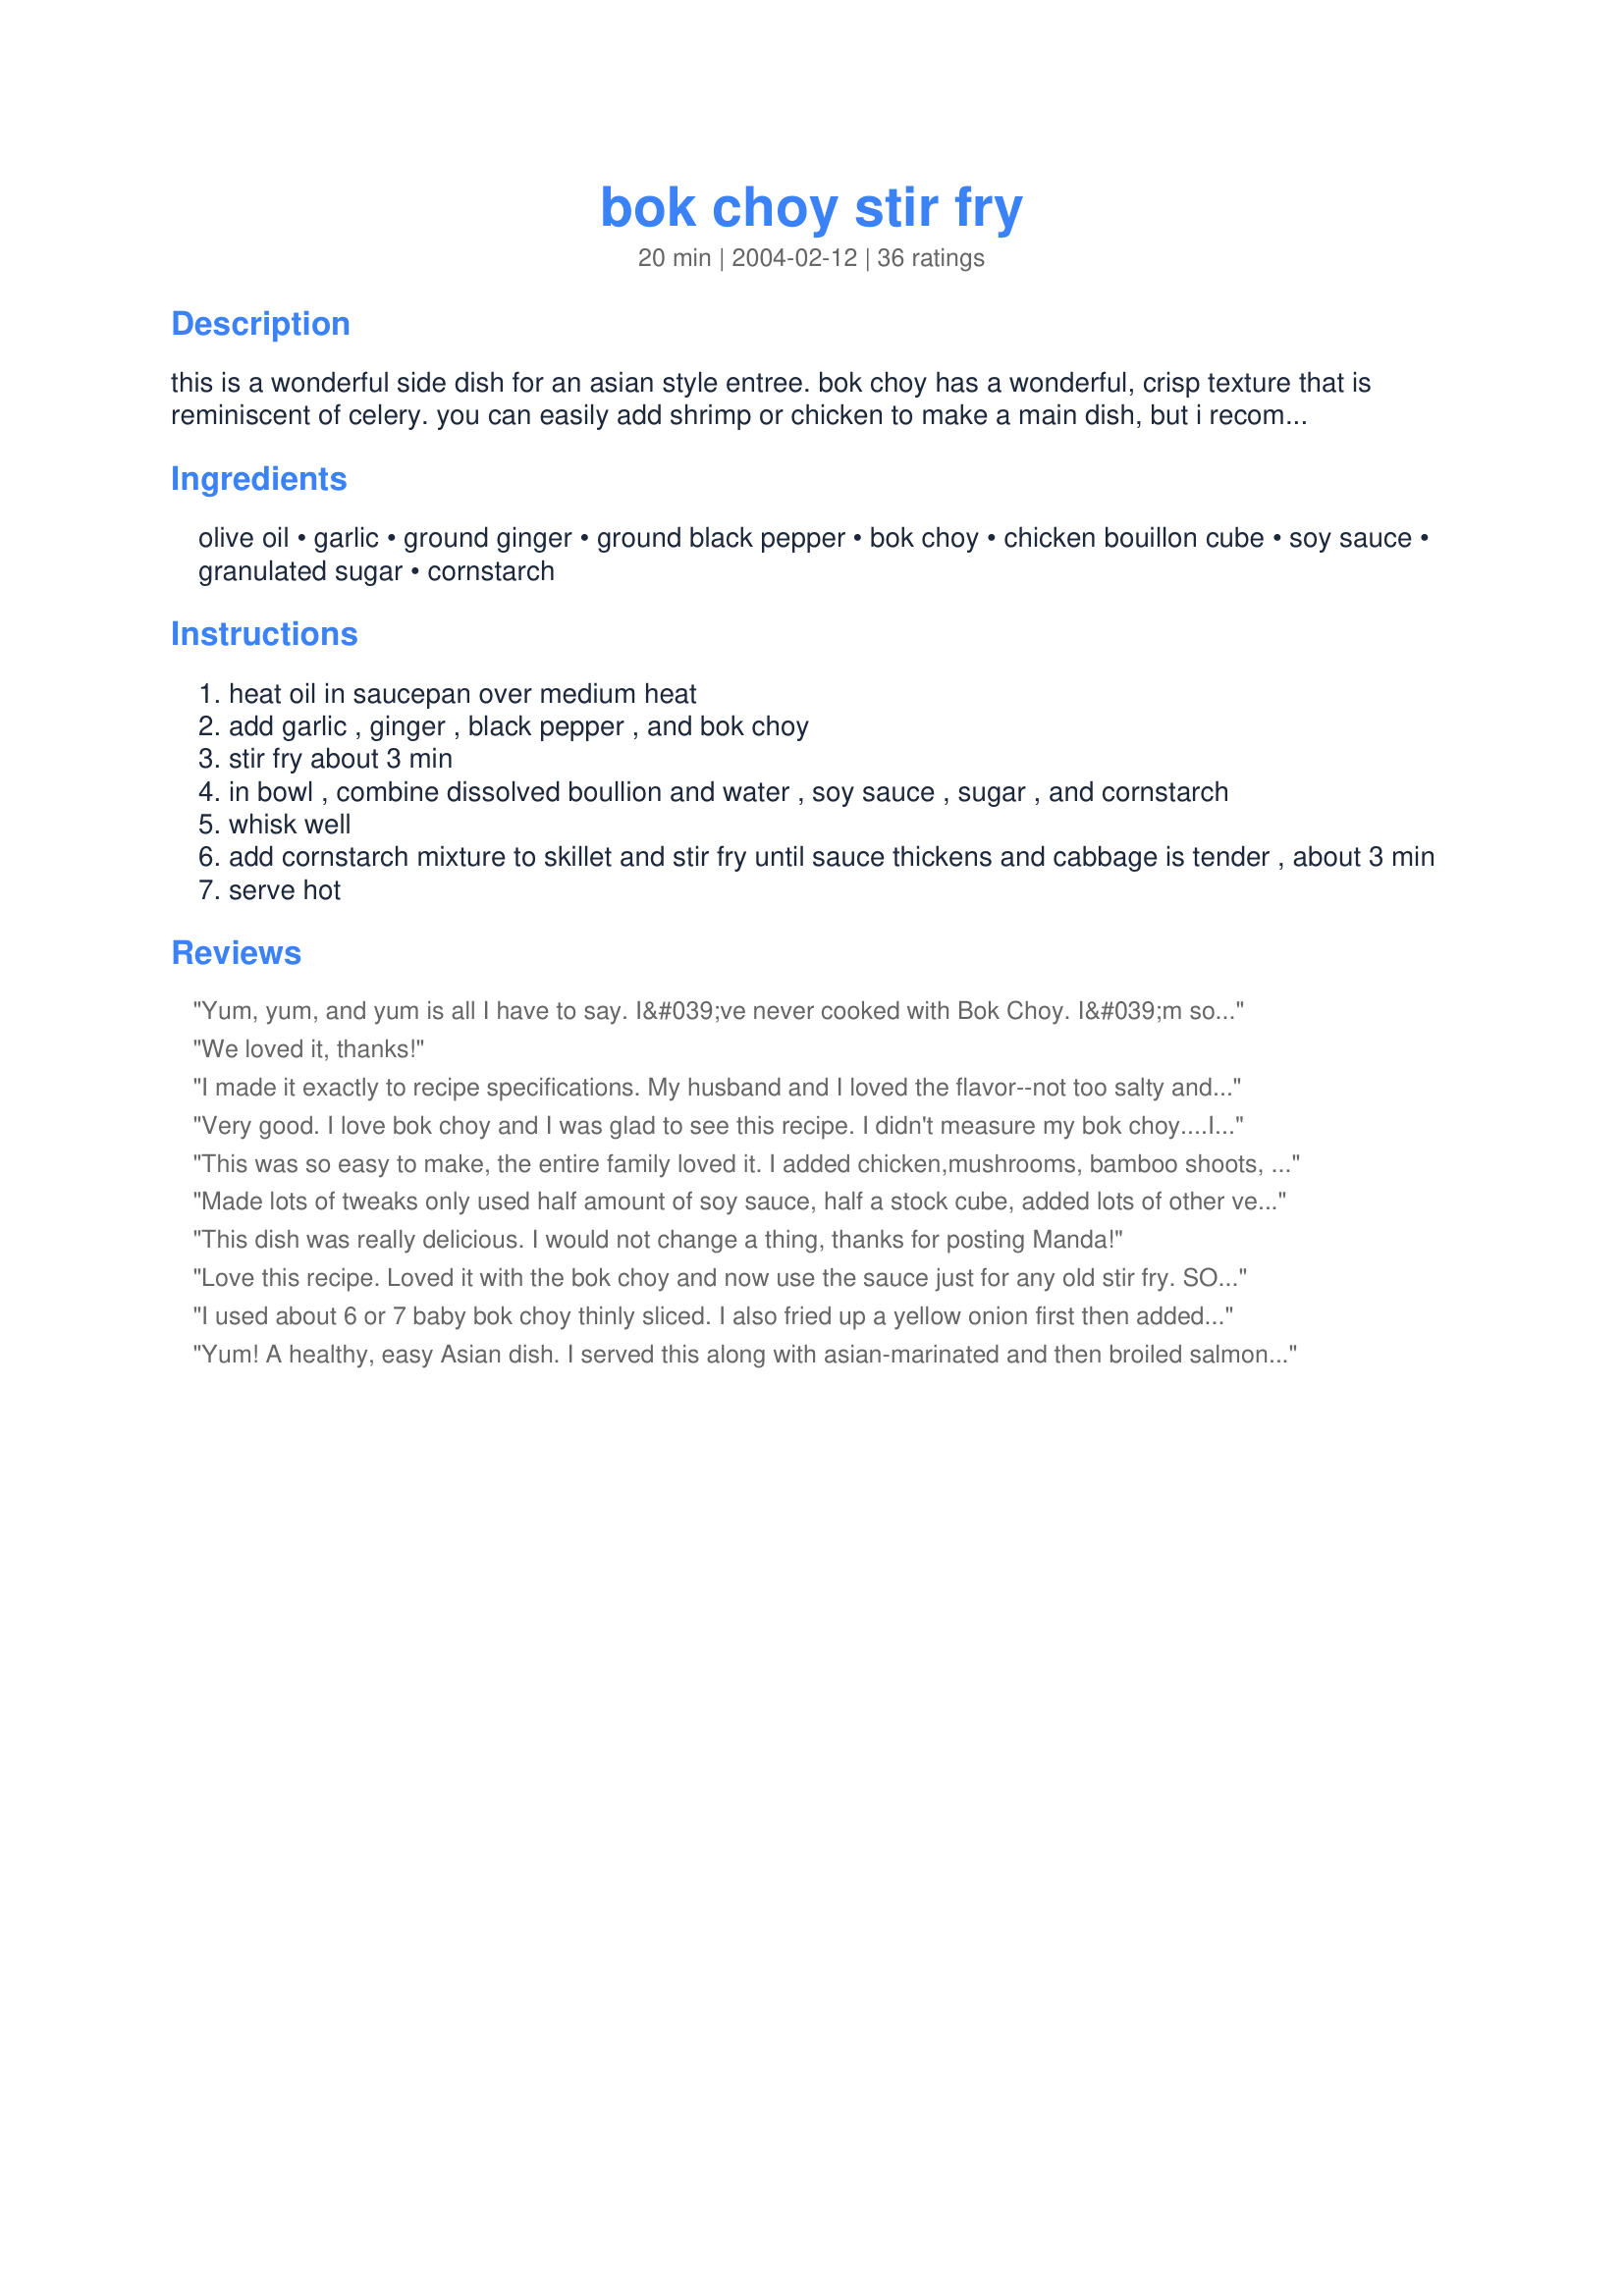
bok choy stir fry
Preparation time: 20 minutes

this is a wonderful side dish for an asian style entree. bok choy has a wonderful, crisp texture that is reminiscent of celery. you can easily add shrimp or chicken to make a main dish, but i recommend doubling the sauce if you do so. simple and yummy:)

Ingredients:
olive oil, garlic, ground ginger, ground black pepper, bok choy, chicken bouillon cube, soy sauce, granulated sugar, cornstarch

Steps:
heat oil in saucepan over medium heat
add garlic , ginger , black pepper , and bok choy
stir fry about 3 min
in bowl , combine dissolved boullion and water , soy sauce , sugar , and cornstarch
whisk well
add cornstarch mixture to skillet and stir fry until sauce thickens and cabbage is tender , about 3 min
serve hot

Reviews:
Yum, yum, and yum is all I have to say. I&#039;ve never cooked with Bok Choy. I&#039;m so glad this was the first recipe I tried!!! My spouse even said &quot;Nice dish!&quot; (and to hear that from my picky eater says a lot!). I added some asparagus spears I needed to use up and I thought the sauce thickened perfectly.This one is being added to the recipe book and will make again! Thanks for sharing.
We loved it, thanks!
I made it exactly to recipe specifications. My husband and I loved the flavor--not too salty and very flavorful, goes nicely with the texture of bok choy. Highly recommend this--a nice change from your typical vegetable side dishes
Very good. I love bok choy and I was glad to see this recipe. I didn't measure my bok choy....I just used the whole head. I also tossed in some mushrooms. I found with those amounts, it's just the right amount of sauce. I will make this again; it's very versatile. Thanx for sharing !
This was so easy to make, the entire family loved it. I added chicken,mushrooms, bamboo shoots, and water chestnuts to make it a meal. We served it with brown rice as well. My kids def said this was a "make again" meal!
Made lots of tweaks only used half amount of soy sauce, half a stock cube, added lots of other vege and chicken plus noodles to make it a main. Was still heaps of sauce doing it this way.
This dish was really delicious. I would not change a thing, thanks for posting Manda!
Love this recipe. Loved it with the bok choy and now use the sauce just for any old stir fry. SO easy and so delish!
I used about 6 or 7 baby bok choy thinly sliced. I also fried up a yellow onion first then added the bok choy and other ingredients. I also put some oyster sauce over it all. I thought it was great. Nice different way than steaming it. Thanks for the post Manda
Yum! A healthy, easy Asian dish. I served this along with asian-marinated and then broiled salmon, and used Gay's Green Onion Pancakes as an appy. I also upped the heat to med-high, and I also threw in lots more (fresh) ginger and added in lots of snow peas! thanks for posting!
Like others did not measure the boy choy and it cooked down like crazy. Added a little more garlic, and pineapple (towards the end) and cilantro. Put over white rice. Even my super duper picky daughter is eating it! We love it!
I had planned on this dish as part of an Asian meal, but was unable to locate any bok choy. Not to be stopped! I made the sauce as written but substituted 12 oz. sliced portabella mushrooms, 1/2 sliced Vidalia onion, 2 cups asparagus, and 3 sliced zucchinis - and then threw in a cup of shrimp for good measure. It was delicious!
I made this as written except that I reduced the soy sauce to 1 Tablespoon....good thing too because it would have been far too salty with the 1/4 cup called for in the recipe. That being said, the result was very good and went nicely with our Asian themed short ribs and steamed rice. Thanks for posting this delicious recipe Manda!
Made this for a second time - this time using regular soy sauce. YECH! It was SO, SO salty!! Almost inedible. I would only recommend making this with low sodium soy sauce - I would also suggest leaving out the chicken broth - it just becomes so mucky & gloopy.
Very good, and oh, so healthy! I was looking for a recipe to use up bok choy, and when I read "add chicken", that was it!! At the suggestion of some of the other reviewers, I also added portabellas, green onion, some snow peas, and a little red bell pepper for nice color. To cut down on the salt, I used 1 cup of water for the chicken bullion. The salt level and the amount of sauce came out just right. This was our first experience with bok choy, and it was a good one!
Very good! could have definately added double the bok choy. I did end up putting about 1 1/2 cups of celery in with the bok choy and added both walnuts and a package of ramen noodles, minus the seasoning packet. We thoroughly enjoyed it and will be making it again soon!
This was easy and delicious! I used fresh ginger instead of ground and replaced the olive oil with sesame. I also put some sesame seeds in the sauce. I added sliced portobella mushrooms and some leftover turkey, and even with those additions we had more than enough sauce. Next time I will probably put this over rice. We really loved the sauce! No one spice or flavor stood out more than another, it was just a really nice blend. Thank you for this yummy recipe!
This was wonderful... even my 4-yr old ate it! I cut the soy sauce to 1 T. and used low sodium. Also added cooked chicken strips and green onions. Since my son and I like things a little sweeter, I stirred in about 1/4 cup of brown sugar... yummy!
I love cooking Asian food and this was super easy and good! I served it over jasmine rice and added chicken to it. I will certainly make this again!
very good way to do bok choy! We loved it but felt there was too much sauce, when I make it again I would do about half the sauce. i added green onion and some spinach I needed to use up.
I will be making it again.
I really liked this recipe, but it was VERY salty...that's my only complaint. I think next time I will use less soy sauce and add more water to the chicken bouillon. Other than that, it was great! This was my first culinary experience with bok choy. I sauteed two sliced chicken breasts in sesame oil and drained the fat before proceeding with the recipe.
This was very delicious!
I added a little bit more sugar and ginger than the recipe called for. With this great recipe I will be making bok choy more often!
Thanks

I'd love to give this a higher rating, but it was way sweeter than I had anticipated. I enjoyed the flavor combination, but found there was a bit too much sauce. Next time I'd definitely add double the bok choy, hopefully thatd even things out.
This was so good! I did add fresh asparagus which was delicious. Next time I will add onions and mushrooms. I doubled the sauce and served all over red rice-Buddha rice. Delicious! Very easy.
Excellent! Great pepper, ginger and garlic flavor. I used 3 garlic cloves and found medium high heat worked better. Don't worry about doubling the sauce. You can probably use twice the amount of bok choy. Add some mushrooms and serve over rice for a meatless meal.
This was good. I found it a little salty, so I think next time I will just use chicken broth instead of bouillon cube. I also agree that more bok choy could be added. There was lots of sauce. I didn’t try it with any other veggies but I think the snow peas would be yummy in it. It’s a keeper. Thanks Manda&#61514;
this was ok - sauce was lacking a little flavor though - just don't know what - tasted like i doused the bok choy in a garlicky soy sauce, but, i like the idea, maybe with something besides the boy choy next time
Muy bueno!!!
I loved thes taste of the sause. I added broccoli and snow peas. The kids loved it over rice. Next time I would add more bok choy.
a very tasty simple recipe. thanks!
I love how quickly this came together! It's very easy, but I gotta say I definitely recommend a few more veggies. I added snowpeas and lots of mushrooms (served it over some noodles) and there was plenty of sauce to go around. It was pretty salty so maybe a little less soy sauce next time...? Overall a really great recipe to play with! Thanks!!
Delicious, though too much sauce, yummy flavor. Whole family enjoyed! Thank you for a delightful recipe. Great way to use my garden grown shanghai bok choy.
Good recipe! I separated the whites of the bok choy from the leaves - I used the whole thing and didn't measure. Cooking the white parts first and then adding the greens at the end of the cooking. As others suggested I added sliced baby bella mushrooms, snap peas and some shrimp and doubled the sauce. Very tasty over brown rice. Next time I will add some spice to heat it up a bit.
Very good & easy. The next time I make it I am going to make it as a sauce and serve it over baked boneless, skinless chicken.
This was my first attempt at bok choy and it was wonderful. I added snow peas that I had on hand. I also used low sodium soy sauce and found the salt level to be perfect using that. This will be made often.
I did not add anything to it, so there was more sauce than needed, and it was way too salty. I will reduce the soy sauce by half next time. I used low-sodium soy sauce. With additions, this could be aok as is, but not with just the bok choy.
I threw shrimp in the mix to make it a one-dish meal. I used reduced sodium bouillon and low-salt soy sauce and I still found it salty. I'm going to make it again using a darker sauce. Thanks for giving me a great way to use bok choy!
